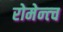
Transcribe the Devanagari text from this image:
रोमेन्त्च